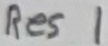
Text: Res1